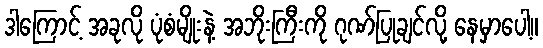
ဒါကြောင့် အခုလို ပုံစံမျိုးနဲ့ အဘိုးကြီးကို ဂုဏ်ပြုချင်လို့ နေမှာပေါ့။